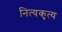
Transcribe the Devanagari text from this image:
नित्यकृत्य